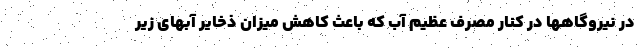
در نیروگاهها در کنار مصرف عظیم آب که باعث کاهش میزان ذخایر آبهای زیر